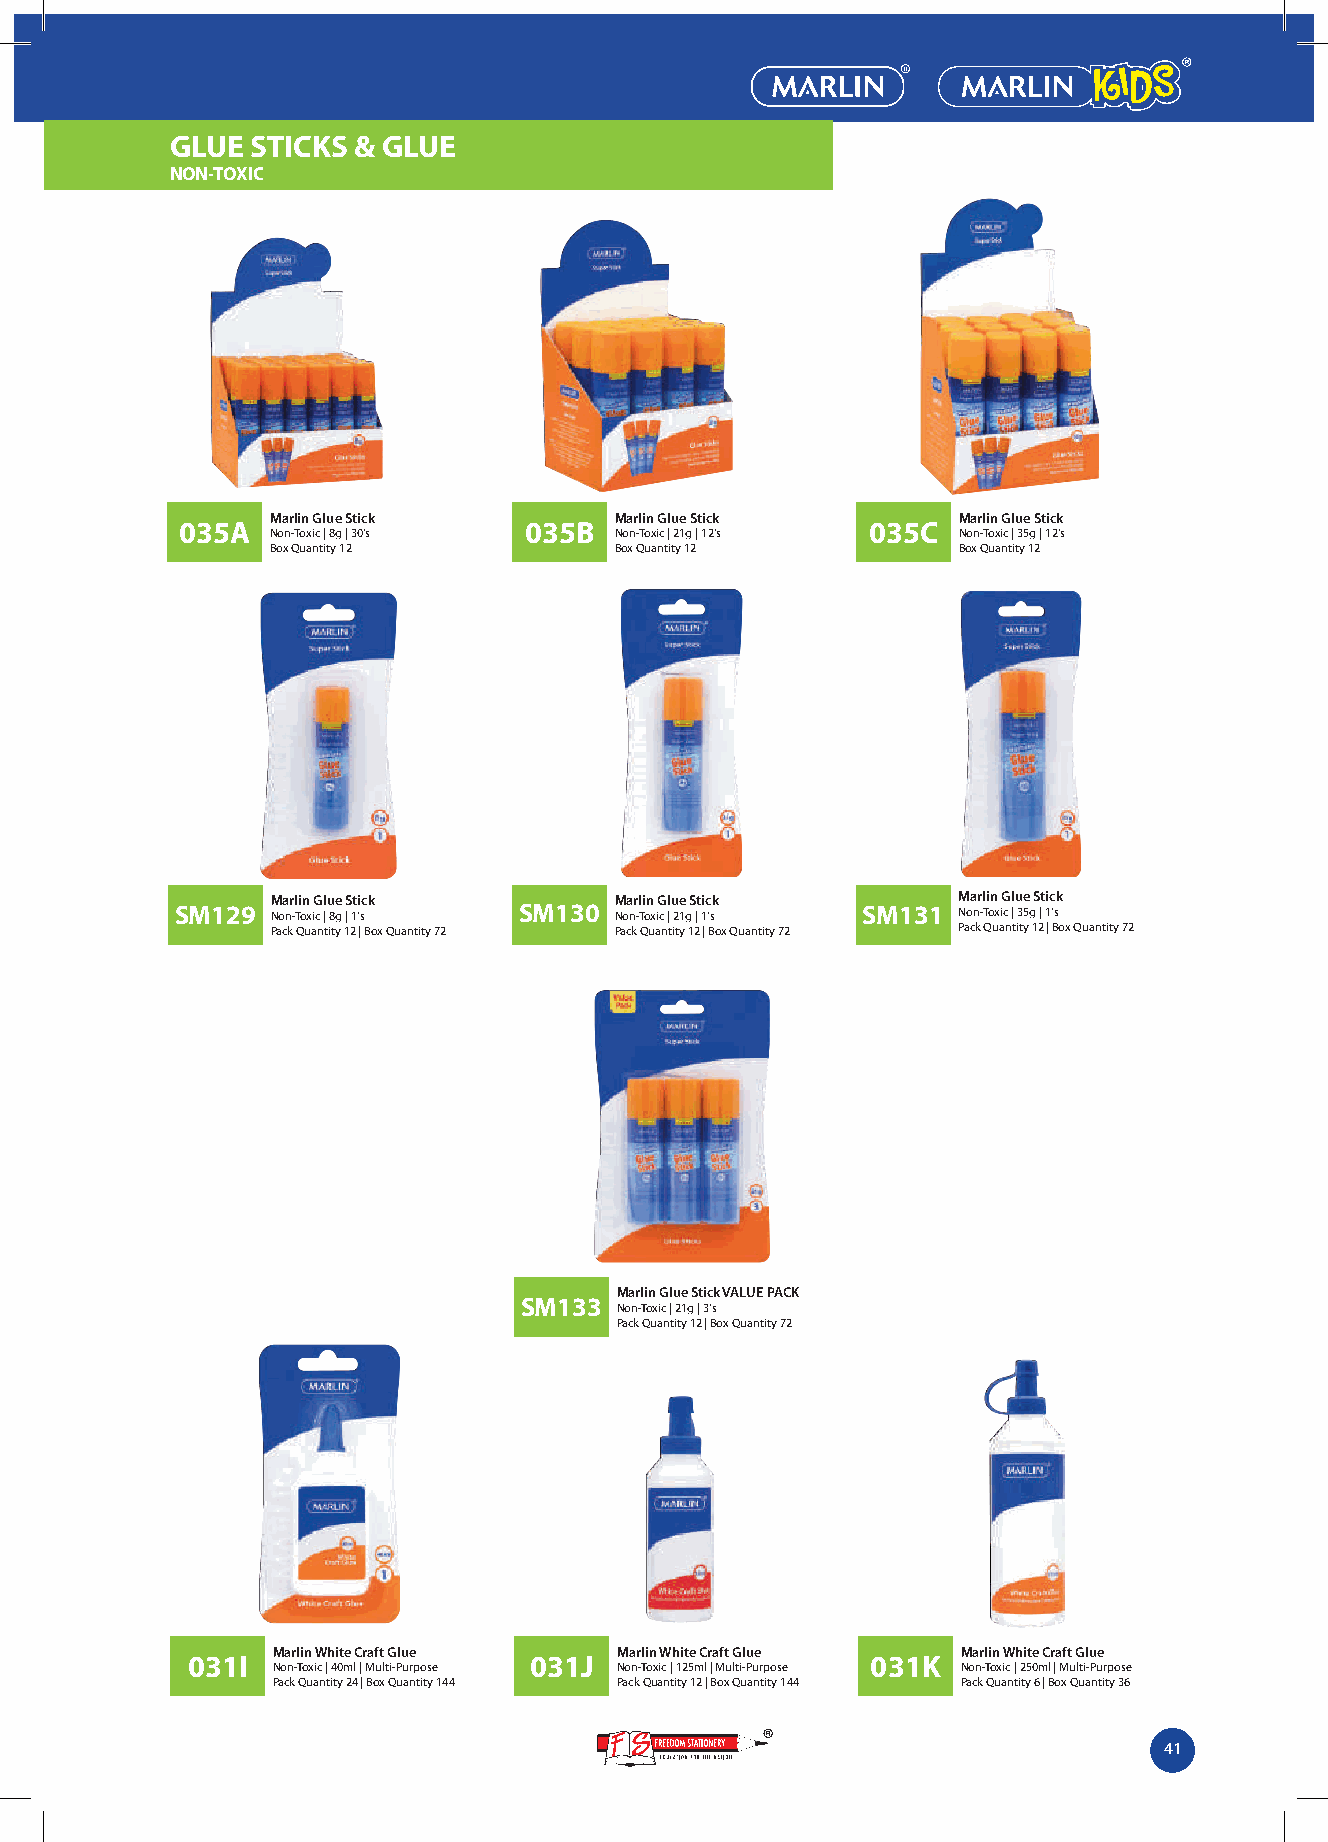
GLUE  STICKS & GLUE
 NON-TOXIC
 Marlin Glue Stick      Marlin Glue Stick     Marlin Glue Stick
 035A                   035B                   035C
 Non-Toxic | 8g | 30's  Non-Toxic | 21g | 12's Non-Toxic | 35g | 12's
 Box Quantity 12        Box Quantity 12       Box Quantity 12
 Marlin Glue Stick      Marlin Glue Stick     Marlin Glue Stick
 SM129 Non-Toxic | 8g | 1's SM130 Non-Toxic | 21g | 1's SM131 Non-Toxic | 35g | 1's
 Pack Quantity 12 | Box Quantity 72 Pack Quantity 12 | Box Quantity 72 Pack Quantity 12 | Box Quantity 72
 Marlin Glue Stick VALUE PACK
 SM133
 Non-Toxic | 21g | 3's
 Pack Quantity 12 | Box Quantity 72
 Marlin White Craft Glue Marlin White Craft Glue Marlin White Craft Glue
 031I                   031J                   031K
 Non-Toxic | 40ml | Multi-Purpose Non-Toxic | 125ml | Multi-Purpose Non-Toxic | 250ml | Multi-Purpose
 Pack Quantity 24 | Box Quantity 144 Pack Quantity 12 | Box Quantity 144 Pack Quantity 6 | Box Quantity 36
 41